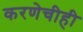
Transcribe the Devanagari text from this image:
करणेचीही